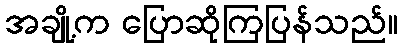
အချို့က ပြောဆိုကြပြန်သည်။